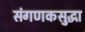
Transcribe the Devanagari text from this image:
संगणकसुद्धा